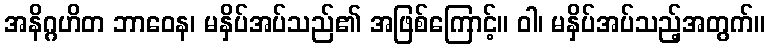
အနိဂ္ဂဟိတ ဘာဝေန၊ မနှိပ်အပ်သည်၏ အဖြစ်ကြောင့်။ ဝါ၊ မနှိပ်အပ်သည့်အတွက်။